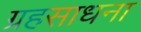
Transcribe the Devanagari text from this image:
ग्रहसाधना